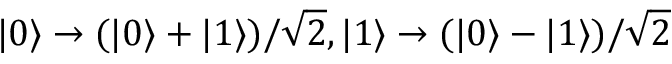
| 0 \rangle \rightarrow ( | 0 \rangle + | 1 \rangle ) / \sqrt { 2 } , | 1 \rangle \rightarrow ( | 0 \rangle - | 1 \rangle ) / \sqrt { 2 }